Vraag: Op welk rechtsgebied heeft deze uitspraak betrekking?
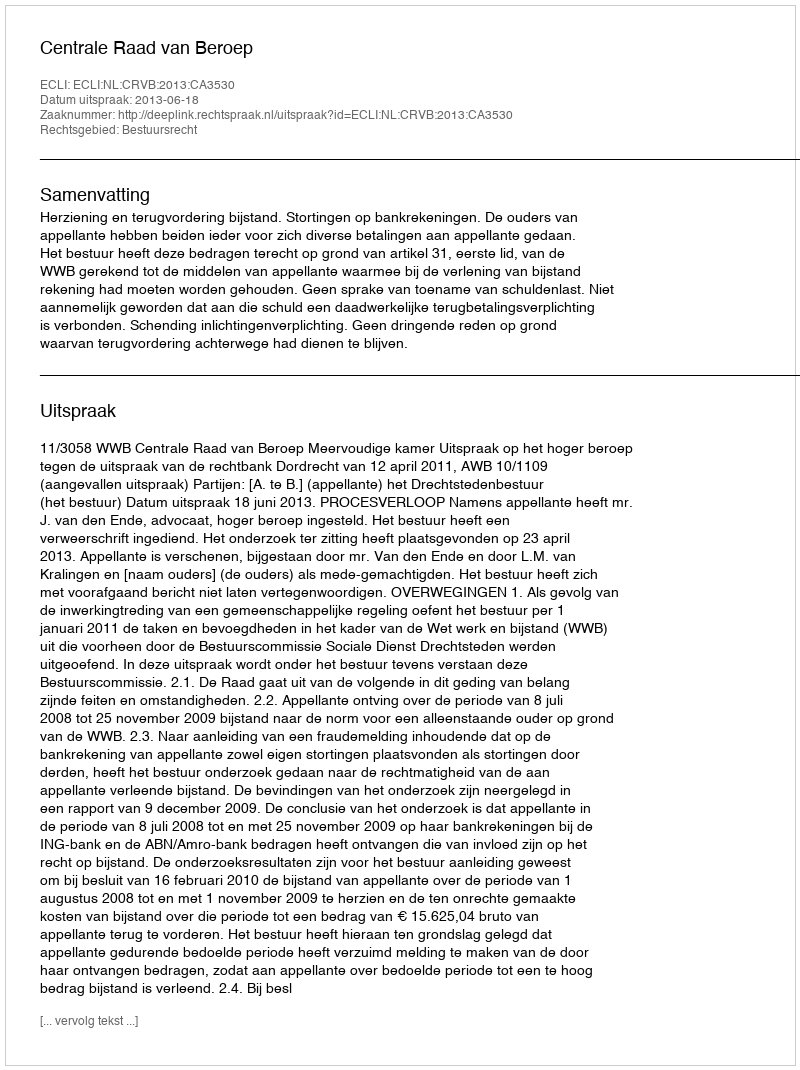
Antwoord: Bestuursrecht